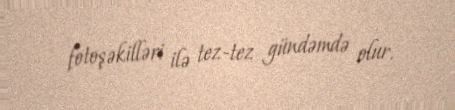
fotoşəkilləri ilə tez-tez gündəmdə olur.